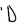
Character: D